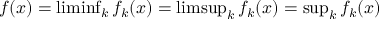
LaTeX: \textstyle f ( x ) = \operatorname* { l i m i n f } _ { k } f _ { k } ( x ) = \operatorname* { l i m s u p } _ { k } f _ { k } ( x ) = \operatorname* { s u p } _ { k } f _ { k } ( x )